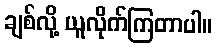
ချစ်လို့ ယူလိုက်ကြတာပါ။